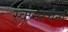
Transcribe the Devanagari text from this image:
स्वप्नरचना